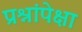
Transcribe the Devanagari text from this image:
प्रश्नांपेक्षा